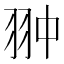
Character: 翀